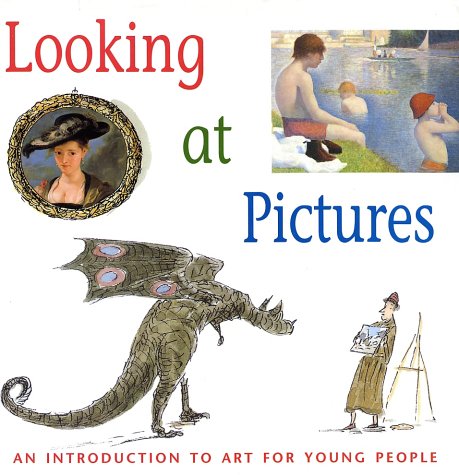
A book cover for Looking At Pictures; Joy Richardson; Teen & Young Adult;